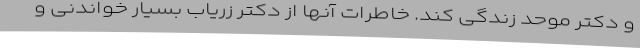
و دکتر موحد زندگی کند. خاطرات آنها از دکتر زریاب بسیار خواندنی و